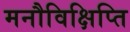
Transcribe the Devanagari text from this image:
मनौविक्षिप्ति